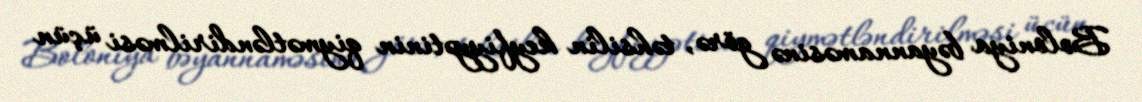
Boloniya bəyannaməsinə görə, təhsilin keyfiyyətinin qiymətləndirilməsi üçün